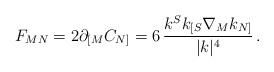
\begin{align*}F_{MN}= 2 \partial_{[M} C_{N]} = 6\, {k^S k_{[S} \nabla_M k_{N]} \over|k|^4} \,.\end{align*}